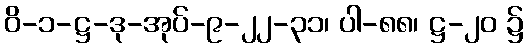
ဝိ-၁-ဋ္ဌ-ဒု-အုပ်-၉-၂၂-၃၁၊ ပါ-၈၈၊ ဋ္ဌ-၂၀ ၌